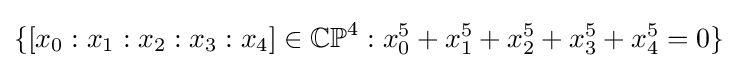
\{[x_{0}:x_{1}:x_{2}:x_{3}:x_{4}]\in \mathbb {CP} ^{4}:x_{0}^{5}+x_{1}^{5}+x_{2}^{5}+x_{3}^{5}+x_{4}^{5}=0\}